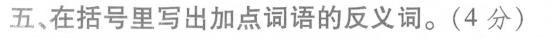
五、在括号里写出加点词语的反义词。(4分)